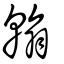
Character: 翰